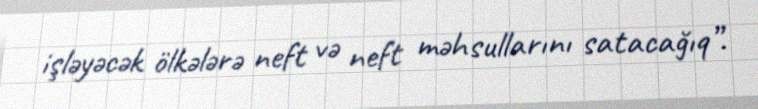
işləyəcək ölkələrə neft və neft məhsullarını satacağıq”.